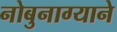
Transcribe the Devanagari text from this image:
नोबुनाग्याने